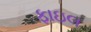
ફાઇલ